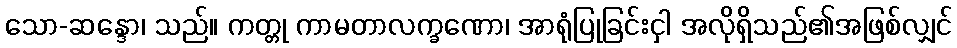
သော-ဆန္ဒော၊ သည်။ ကတ္တု ကာမတာလက္ခဏော၊ အာရုံပြုခြင်းငှါ အလိုရှိသည်၏အဖြစ်လျှင်